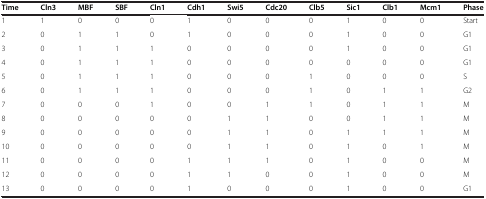
| Time | Cln3 | MBF | SBF | Cln1 | Cdh1 | Swi5 | Cdc20 | Clb5 | Sic1 | Clb1 | Mcm1 | Phase |
 | --- | --- | --- | --- | --- | --- | --- | --- | --- | --- | --- | --- | --- |
 | 1 | 1 | 0 | 0 | 0 | 1 | 0 | 0 | 0 | 1 | 0 | 0 | Start |
 | 2 | 0 | 1 | 1 | 0 | 1 | 0 | 0 | 0 | 1 | 0 | 0 | G1 |
 | 3 | 0 | 1 | 1 | 1 | 0 | 0 | 0 | 0 | 1 | 0 | 0 | G1 |
 | 4 | 0 | 1 | 1 | 1 | 0 | 0 | 0 | 0 | 0 | 0 | 0 | G1 |
 | 5 | 0 | 1 | 1 | 1 | 0 | 0 | 0 | 1 | 0 | 0 | 0 | S |
 | 6 | 0 | 1 | 1 | 1 | 0 | 0 | 0 | 1 | 0 | 1 | 1 | G2 |
 | 7 | 0 | 0 | 0 | 1 | 0 | 0 | 1 | 1 | 0 | 1 | 1 | M |
 | 8 | 0 | 0 | 0 | 0 | 0 | 1 | 1 | 0 | 0 | 1 | 1 | M |
 | 9 | 0 | 0 | 0 | 0 | 0 | 1 | 1 | 0 | 1 | 1 | 1 | M |
 | 10 | 0 | 0 | 0 | 0 | 0 | 1 | 1 | 0 | 1 | 0 | 1 | M |
 | 11 | 0 | 0 | 0 | 0 | 1 | 1 | 1 | 0 | 1 | 0 | 0 | M |
 | 12 | 0 | 0 | 0 | 0 | 1 | 1 | 0 | 0 | 1 | 0 | 0 | M |
 | 13 | 0 | 0 | 0 | 0 | 1 | 0 | 0 | 0 | 1 | 0 | 0 | G1 |